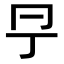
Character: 𠕊